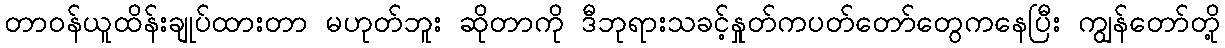
တာဝန်ယူထိန်းချုပ်ထားတာ မဟုတ်ဘူး ဆိုတာကို ဒီဘုရားသခင့်နှုတ်ကပတ်တော်တွေကနေပြီး ကျွန်တော်တို့